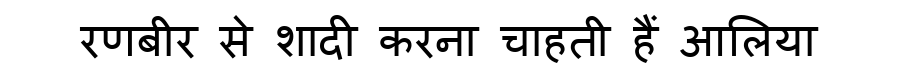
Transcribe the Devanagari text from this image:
रणबीर से शादी करना चाहती हैं आलिया